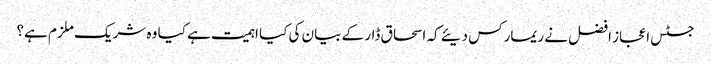
جسٹس اعجاز افضل نے ریمارکس دیئے کہ اسحاق ڈار کے بیان کی کیا اہمیت ہے کیا وہ شریک ملزم ہے؟